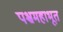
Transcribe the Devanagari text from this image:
पश्चमहाभूत